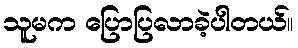
သူမက ပြောပြလာခဲ့ပါတယ်။